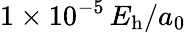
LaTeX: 1\times 10^{-5}\, E_{\mathrm{h}}/a_{0}